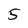
Character: 5